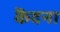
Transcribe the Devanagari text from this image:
कॆदना